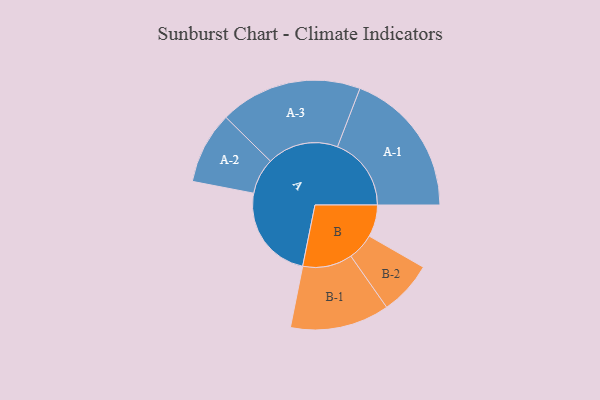
{"axis": {"x": "Segment", "y": "Value"}, "legend": ["", "A", "B"], "data": [{"x": "A", "y": 378, "type": ""}, {"x": "B", "y": 126, "type": ""}, {"x": "A-1", "y": 291, "type": "A"}, {"x": "A-2", "y": 142, "type": "A"}, {"x": "A-3", "y": 281, "type": "A"}, {"x": "B-1", "y": 196, "type": "B"}, {"x": "B-2", "y": 106, "type": "B"}]}